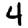
Digit: 4